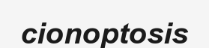
cionoptosis